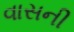
વાસની